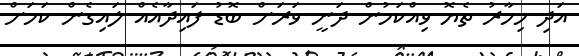
އަދި މިހާރު ތެޔޮ ވިއްކަމުން ދަނީ ވަރަށް ބޮޑު ފައިދާއެއް ލައިގެން ކަމަށް